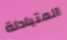
المتبادلة